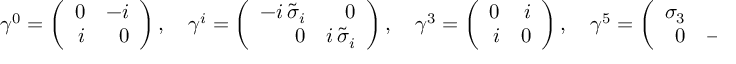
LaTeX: \gamma ^ { 0 } = \left( \begin{array} { r r } { { 0 } } & { { - i } } \\ { { i } } & { { 0 } } \end{array} \right) , \quad \gamma ^ { i } = \left( \begin{array} { r r } { { - i \, \tilde { \sigma } _ { i } } } & { { 0 } } \\ { { 0 } } & { { i \, \tilde { \sigma } _ { i } } } \end{array} \right) , \quad \gamma ^ { 3 } = \left( \begin{array} { r r } { { 0 } } & { { i } } \\ { { i } } & { { 0 } } \end{array} \right) , \quad \gamma ^ { 5 } = \left( \begin{array} { r r } { { \sigma _ { 3 } } } & { { 0 } } \\ { { 0 } } & { { - \sigma _ { 3 } } } \end{array} \right) ,